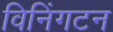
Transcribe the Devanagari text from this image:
विनिंगटन